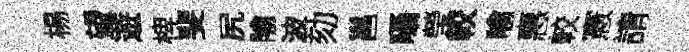
楊望遊椑斐尻隃波劾邕囁瑩較喻惠較憲請